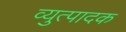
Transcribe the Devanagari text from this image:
व्युत्पादक